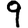
Digit: 9